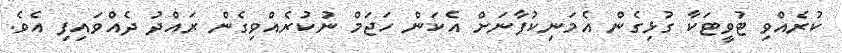
ކުރެއްވި ޓުވީޓަކާ ގުޅިގެން އެމަނިކުފާނަށް އެކަން ހަޖަމް ނުކުރެއްވިގެން ރައްދު ދެއްވައިފި އެވެ.